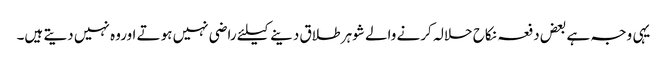
یہی وجہ ہے بعض دفعہ نکاح حلالہ کرنے والے شوہر طلاق دینے کیلئے راضی نہیں ہوتے اوروہ نہیں دیتے ہیں۔